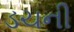
ડચની